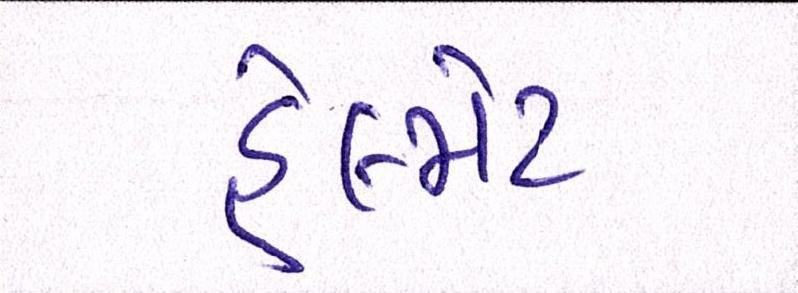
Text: હેલ્મેટ